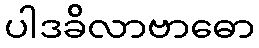
ပါဒခိလာဗာဓော